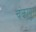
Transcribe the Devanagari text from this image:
चंकापूर